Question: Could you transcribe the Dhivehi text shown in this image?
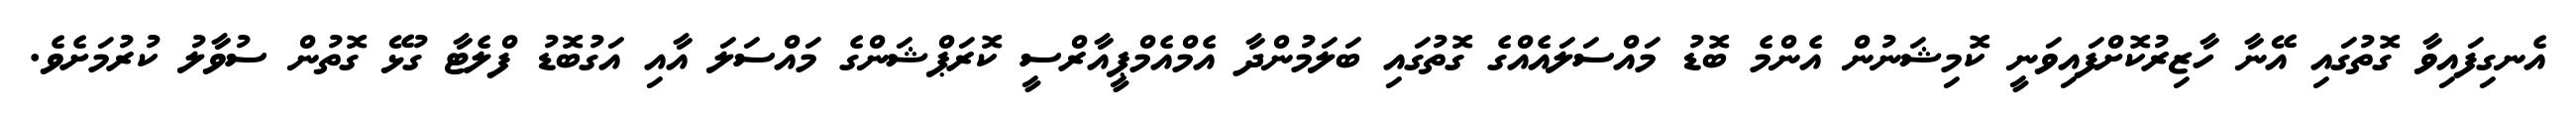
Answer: އެނގިފައިވާ ގޮތުގައި އޭނާ ހާޒިރުކޮށްފައިވަނީ ކޮމިޝަނުން އެންމެ ބޮޑު މައްސަލައެއްގެ ގޮތުގައި ބަލަމުންދާ އެމްއެމްޕީއާރްސީ ކޮރަޕްޝަންގެ މައްސަލަ އާއި އަގުބޮޑު ފްލެޓާ ގުޅޭ ގޮތުން ސުވާލު ކުރުމަށެވެ.